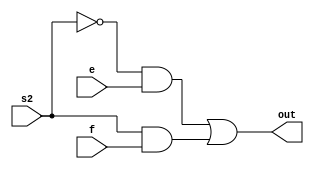
module mux2(e,f,s2,out);
  input e,f,s2;
  output out;
  assign out=((~s2)&e)|((s2)&f);
endmodule